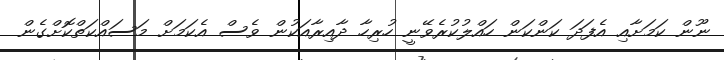
ނޫން ކަމަށާއި އެފަދަ ކަންކަން ހައްލުކުރެވޭނީ ހުރިހާ ދާއިރާއަކުން ވެސް އެކަމަށް މަސައްކަތްކޮށްގެން